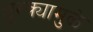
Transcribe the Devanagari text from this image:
धुरक्यामुळे